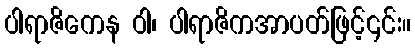
ပါရာဇိကေန ဝါ၊ ပါရာဇိကအာပတ်ဖြင့်၎င်း။